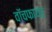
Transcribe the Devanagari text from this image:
वॉचफायर